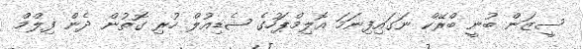
ސީޒަން ބުނީ ބްރޭކް ނަގައިފިނަމަ އޮލިމްޕަހުގެ ޝެޑިއުލް ހުރި ގޮތުން ދެން ފިލްމް